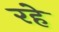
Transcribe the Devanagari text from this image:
रहेे